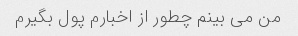
من می بینم چطور از اخبارم پول بگیرم